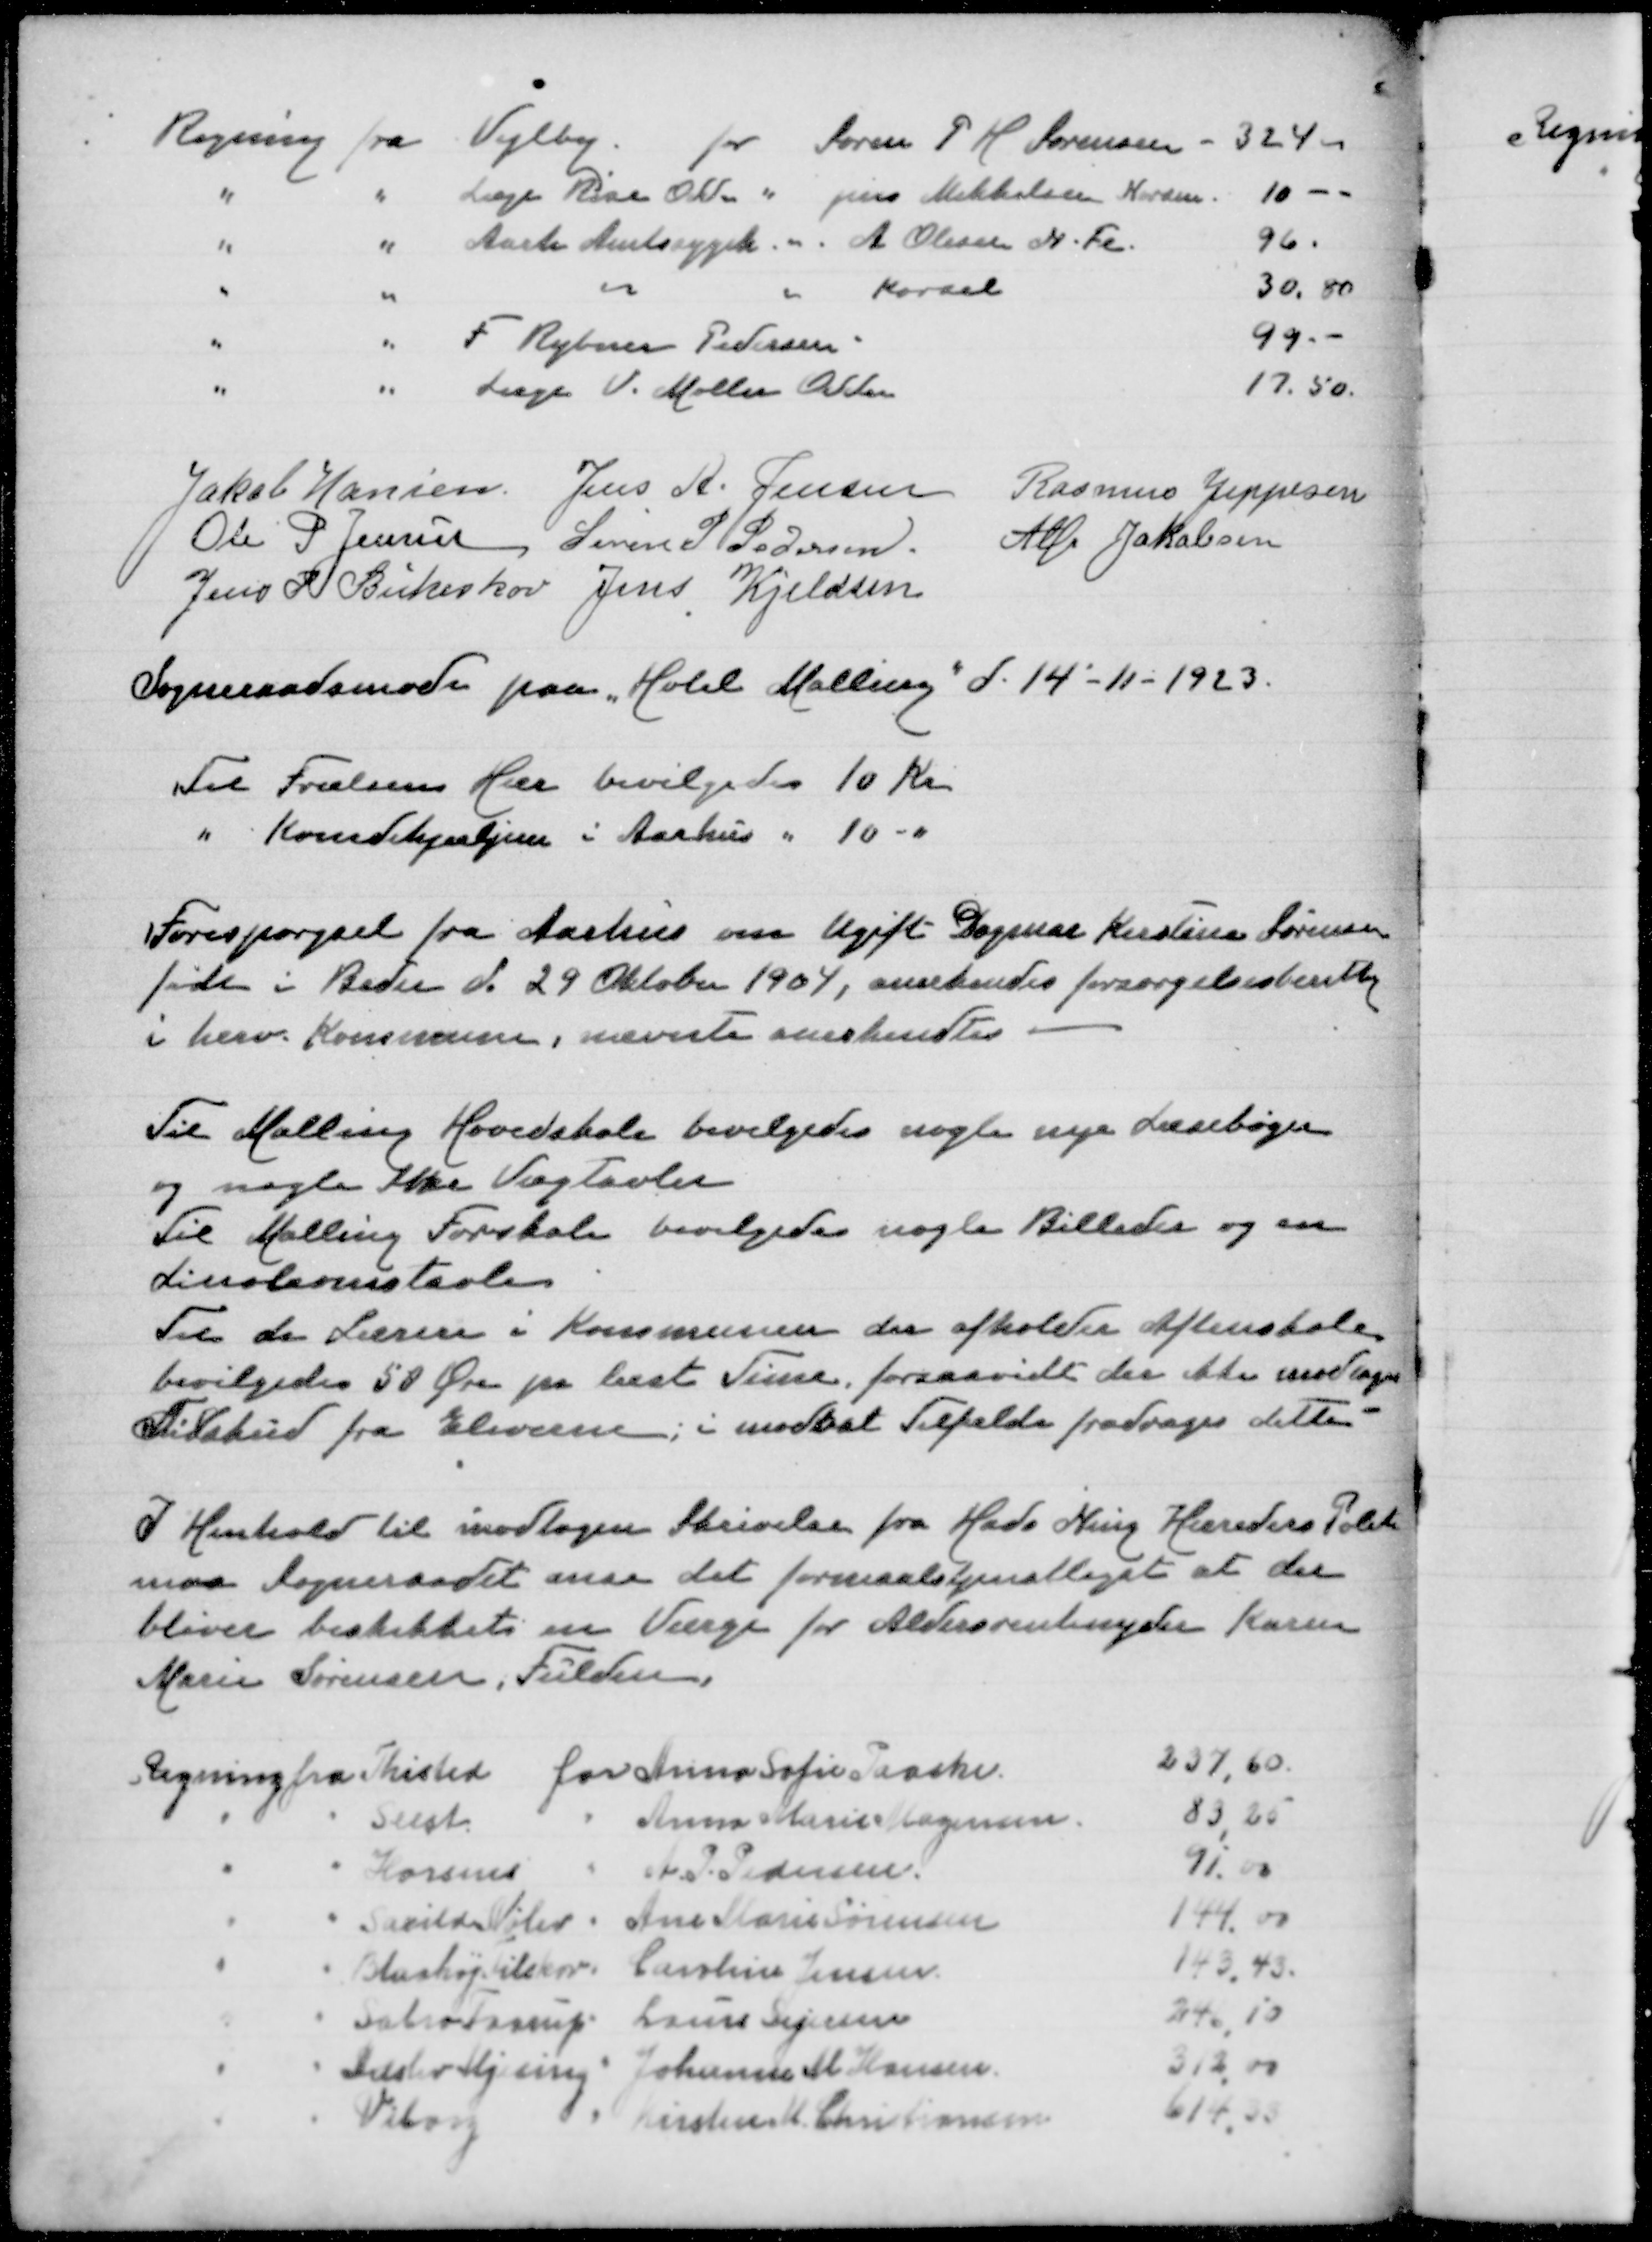
Transskription:
Regning fra Vejlby for Søren P H Sørensen
324
" " Læge Rise Odder " Jens Mikkelsen
10
" " Aarh Amtssygeh " A Olesen N Fl
96
" " " " Kørsel
30,80
" " F Rybner Pedersen
99,-
" " Læge V Møller Odder
17,50

Jakob Hansen
Jens A Jensen
Rasmus Jeppesen
Ole P Jensen
Søren P Pedersen
Alfr Jakobsen
Jens P Birkeskov
Jens Kjeldsen

Sogneraadsmøde paa "Hotel Malling" d 14-11-1923

Til Frelsens Hær bevilgedes 10 Kr
" Kvindehjælpen i Aarhus " 10 "

Forespørgsel fra Aarhus om Ugift Dagmar Kirstine Sørensen
født i Beder d 29 Oktober 1904, anerkendes forsørgelsesberettiget
i herv Kommune, nævnte anerkendes

Til Malling Hovedskole bevilgedes nogle nye Læsebøger
og nogle  Vægtavler
Til Malling Forskole bevilgedes nogle Billeder og en
Linoleumstavle
Til de Lærere i Kommunen der afholde Aftenskole
bevilgedes 50 Øre pr læst Time, forsaavidt der ikke modtages
Tilskud for Eleverne, i modsat Tilfælde fradrages dette

I Henhold til mdtagen Skrivelse fra Hads Ning Herreders Politi
maa Sogneraadet anse det formaalstjenstligt at der
bliver beskikket en Værge for Aldersrentenyder Karen
Marie Sørensen, Fulden

Regning fra Thisted for Anne Sofie Paaske
237,60
" " Seest " Anna Marie Mogensen
83,25
" " Horsens " A P Pedersen
91,00
" " Saxild Nølev " Ane Marie Sørensen
144,00
" " Blaahøj Filskov " Carsten Jensen
143,43
" " Sabroe Faarup " Louise Sejersen
24,10
" " Adslev Mjesing " Johanne M Hansen
312,00
" " Viborg " Kirstine M Christiansen
614,33